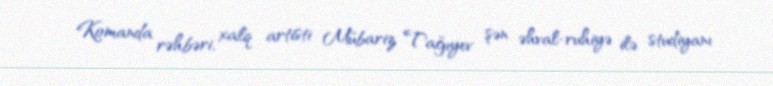
Komanda rəhbəri, xalq artisti Mübariz Tağıyev şən əhval-ruhiyə ilə studiyanı